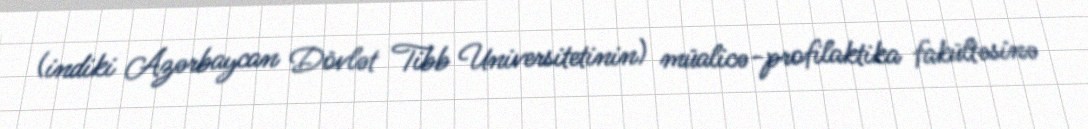
(indiki Azərbaycan Dövlət Tibb Universitetinin) müalicə-profilaktika fakültəsinə